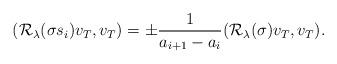
LaTeX: \begin{align*}(\mathcal{R}_\lambda(\sigma s_i)v_T,v_T)=\pm\frac{1}{a_{i+1}-a_{i}}(\mathcal{R}_\lambda(\sigma) v_T,v_T).\end{align*}